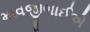
માવજીભાઈએ